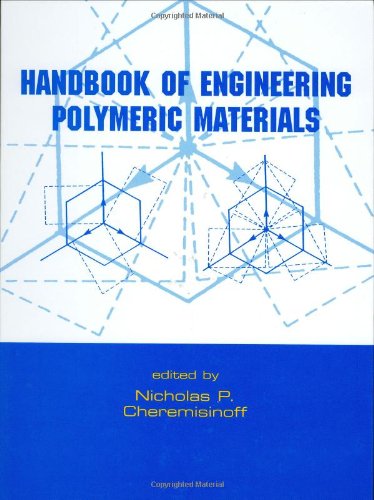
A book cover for Handbook of Engineering Polymeric Materials; P. Cheremisinoff; Crafts, Hobbies & Home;